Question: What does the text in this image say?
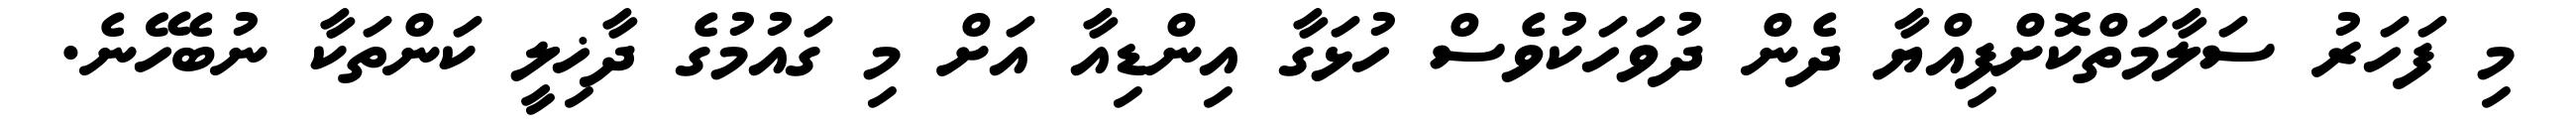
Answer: މި ފަހަރު ސަލާމަތްކޮށްފިއްޔާ ދެން ދުވަހަކުވެސް ހުޅަގާ އިންޑިއާ އަށް މި ގައުމުގެ ދާޚިލީ ކަންތަކާ ނުބެހޭނެ.